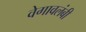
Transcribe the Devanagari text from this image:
वेगावलंबी